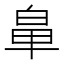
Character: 𮮳